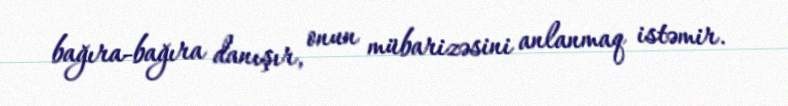
bağıra-bağıra danışır, onun mübarizəsini anlanmaq istəmir.